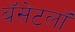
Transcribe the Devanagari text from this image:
बॅसेटलॉ